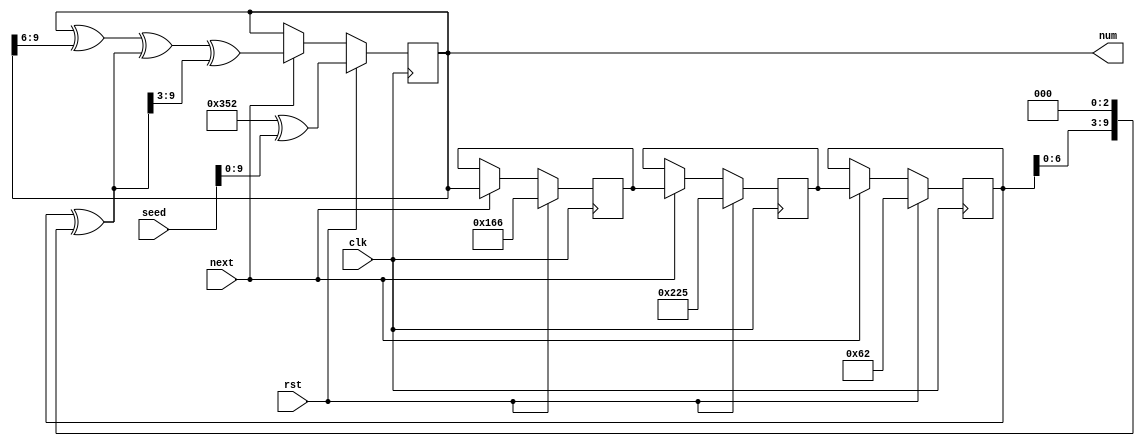
/*
   This file was generated automatically by the Mojo IDE version B1.3.6.
   Do not edit this file directly. Instead edit the original Lucid source.
   This is a temporary file and any changes made to it will be destroyed.
*/

/*
   Parameters:
     SEED = 128h843233523a613966423b622562592c62
*/
module rngesus_37 (
    input clk,
    input rst,
    input next,
    input [31:0] seed,
    output reg [9:0] num
  );
  
  localparam SEED = 128'h843233523a613966423b622562592c62;
  
  
  reg [9:0] M_x_d, M_x_q = 1'h0;
  reg [9:0] M_y_d, M_y_q = 1'h0;
  reg [9:0] M_z_d, M_z_q = 1'h0;
  reg [9:0] M_w_d, M_w_q = 1'h0;
  
  reg [9:0] t;
  
  always @* begin
    M_w_d = M_w_q;
    M_z_d = M_z_q;
    M_y_d = M_y_q;
    M_x_d = M_x_q;
    
    num = M_w_q;
    t = M_x_q ^ (M_x_q << 2'h3);
    if (next) begin
      M_x_d = M_y_q;
      M_y_d = M_z_q;
      M_z_d = M_w_q;
      M_w_d = M_w_q ^ (M_w_q >> 3'h6) ^ t ^ (t >> 2'h3);
    end
    if (rst) begin
      M_x_d = 10'h062;
      M_y_d = 10'h225;
      M_z_d = 10'h166;
      M_w_d = 10'h352 ^ seed;
    end
  end
  
  always @(posedge clk) begin
    M_x_q <= M_x_d;
    M_y_q <= M_y_d;
    M_z_q <= M_z_d;
    M_w_q <= M_w_d;
  end
  
endmodule